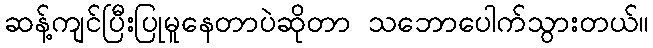
ဆန့်ကျင်ပြီးပြုမူနေတာပဲဆိုတာ သဘောပေါက်သွားတယ်။